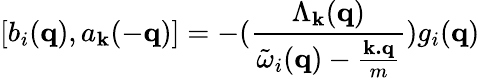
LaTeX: [b_{i}({\mathbf{q}}),a_{{\mathbf{k}}}(-{\mathbf{q}})]=-(\frac{\Lambda_{{\mathbf{k}}}({\mathbf{q}})}{{\tilde{\omega}}_{i}({\mathbf{q}})-\frac{{\mathbf{k.q}}}{m}})g_{i}({\mathbf{q}})